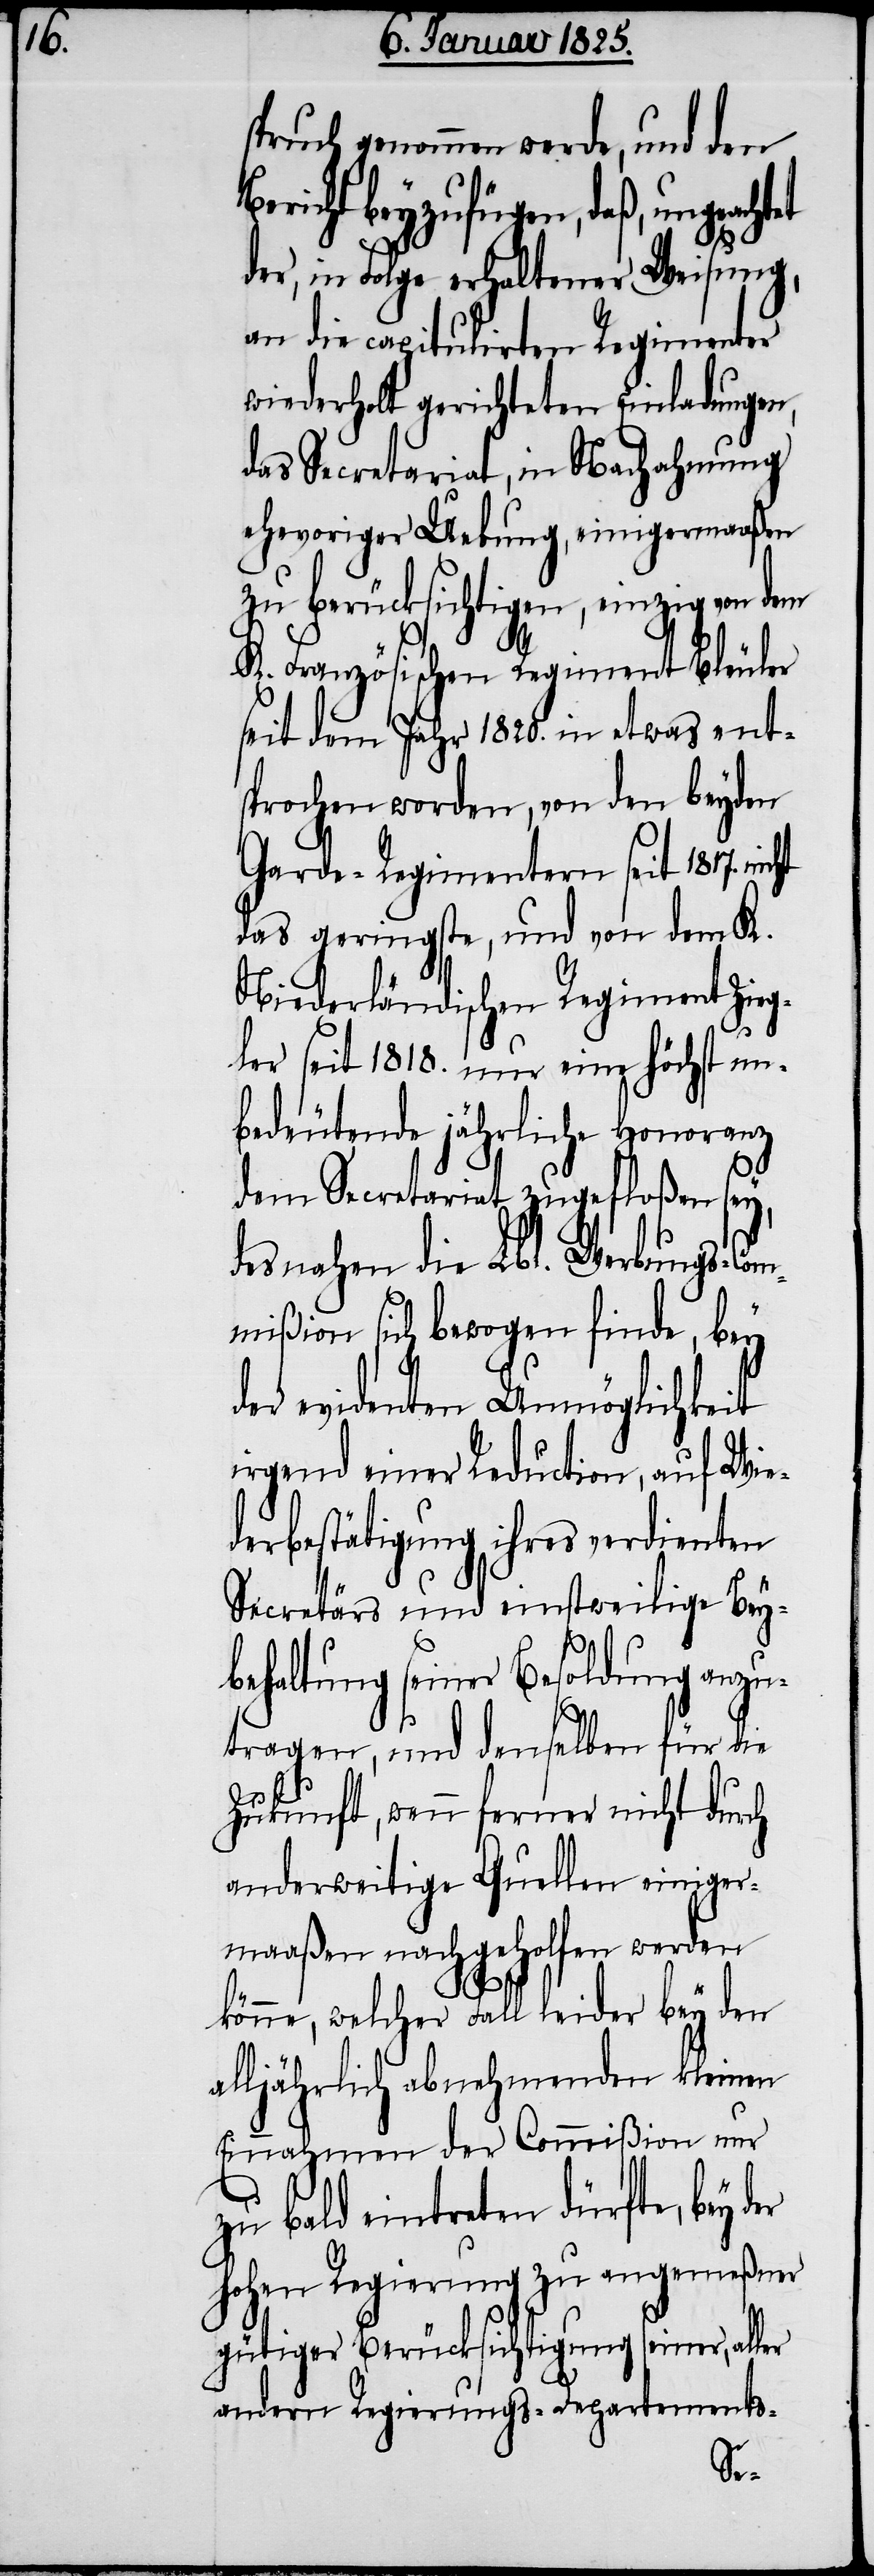
spruch genommen werde, und den
Bericht beyzufügen, daß, ungeac¬
der, in Folge erhaltener Weisung,
an die capitulirten Regimenter
wiederholt gerichteten Einladungen,
das Secretariat, in Nachahmung
ehevoriger Uebung, einigermaaßen
zu berücksichtigen, einzig von dem
htet
K. Französischen Regiment Bleuler
seit dem Jahr 1820. in etwas ent¬
sprochen worden, von den beyden
Garde-Regimentern seit 1817. nic¬
das geringste, und von dem K.
Niederländischen Regiment Zieg¬
ler seit 1818. nur eine höchst un¬
bedeutende jährliche Honoranz
ler
dem Secretariat zugefloßen sey,
desnahen die Lbl. Werbungs-Com¬
mißion sich bewogen finde, bey
der evidenten Unmöglichkeit
irgend einer Reduction, auf Wie¬
derbestätigung ihres verdienten
Secretärs und einstweilige Bey¬
behaltung seiner Besoldung anzu¬
tragen, und denselben für die
Zukunft, wenn ferner nicht durch
anderweitige Quellen einiger¬
maaßen nachgeholfen werden
könne, welcher Fall leider bey den
alljährlich abnehmenden kleinen
Einnahmen der Commißion nur
zu bald eintreten dürfte, bey d¬
hohen Regierung zu angemeßner
gütiger Berücksichtigung seiner, al¬
andern Regierungs-Departements-